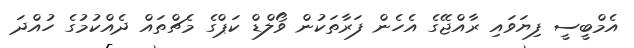
އެމްބީސީ ފިޔަވައި ރާއްޖޭގެ އެހެން ފަރާތަކުން ވޯލްޑް ކަޕްގެ މެޗްތައް ދެއްކުމުގެ ހުއްދަ